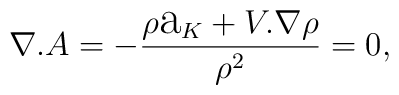
\nabla.A=-\frac{\rho\hbox{\Large a}_K+V.\nabla\rho}{\rho^{2}}=0,